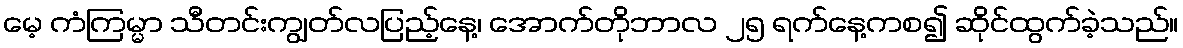
မေ့ ကံကြမ္မာ သီတင်းကျွတ်လပြည့်နေ့၊ အောက်တိုဘာလ ၂၅ ရက်နေ့ကစ၍ ဆိုင်ထွက်ခဲ့သည်။